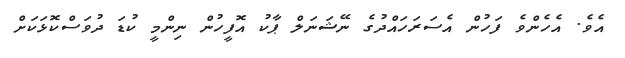
އެވެ. އެހެންވެ ފަހުން އެސަރަހައްދުގެ ނޭޝަނަލް ޕާކު އޮފީހުން ނިންމީ ކުޑަ ދުވަސްކޮޅަކަށް